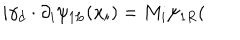
LaTeX: i \gamma _ { d } \cdot \partial _ { i } \psi _ { 1 L } ( \mathbf { x } _ { i } ) = M _ { i } \psi _ { 1 R } (